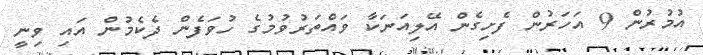
އުމުރުން 9 އަހަރުން ފެށިގެން އޭލިއަނަކާ ވައްތަރުވުމުގެ ހުވަފެން ދެކެމުން އައި ވިނީ